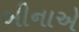
બીનાએ